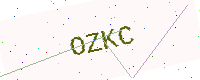
Text: OZKC